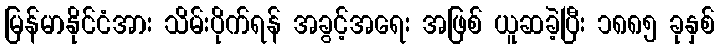
မြန်မာနိုင်ငံအား သိမ်းပိုက်ရန် အခွင့်အရေး အဖြစ် ယူဆခဲ့ပြီး ၁၈၈၅ ခုနှစ်